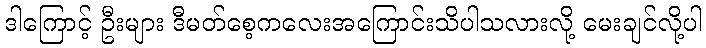
ဒါကြောင့် ဦးများ ဒီမတ်စေ့ကလေးအကြောင်းသိပါသလားလို့ မေးချင်လို့ပါ